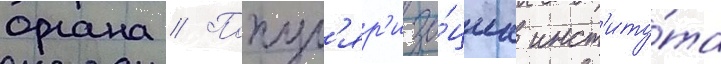
органа // Попул'яр'иза́циа инст'иту́та